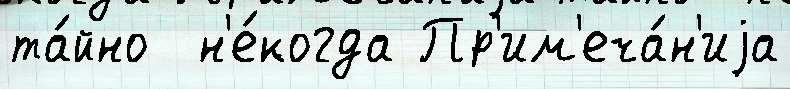
та́йно  н'е́когда Пр'им'еча́н'иjа